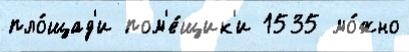
пло́щад'и пом'е́щик'и 1535 мо́жно